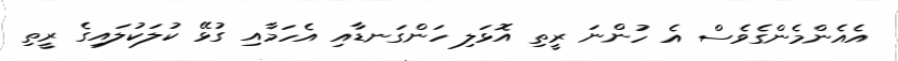
އެއެންމެންގެވެސް އެ ހުންނަ ރީތި އޮޅަލި ހަންގަނޑާއި އެހަމާއި ގުޅޭ ކުލަކުލައިގެ ރީތި